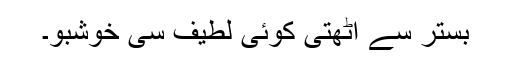
بستر سے اٹھتی کوئی لطیف سی خوشبو۔